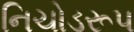
નિચોડરૂપ